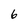
Character: 6